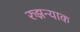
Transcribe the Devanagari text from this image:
रुझन्याक